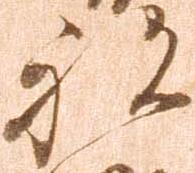
被